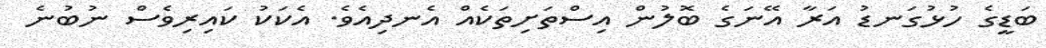
ބަޑީގެ ހުޅުގަނޑު އަރާ އޭނަގެ ބޮލުން އިސްތަށިތަކެއް އެނދިއެވެ. އެކަކު ކައިރިވެސް ނުބުނެ